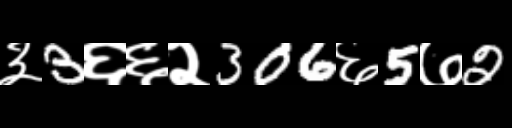
Text: ३3६६२306६5७2